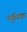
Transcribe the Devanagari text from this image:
नर्कुटक